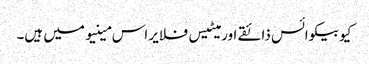
کیوبیکوائس ذائقے اور میٹیس فلایر اس مینیو میں ہیں۔